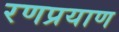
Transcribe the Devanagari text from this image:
रणप्रयाण